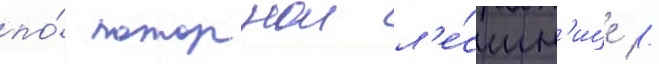
по́ пожарнои л'е́стн'ице //